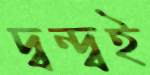
দ্বন্দ্বই